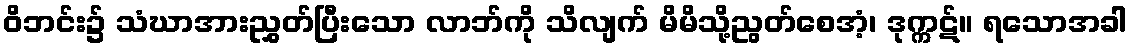
ဝိဘင်း၌ သံဃာအားညွှတ်ပြီးသော လာဘ်ကို သိလျက် မိမိသို့ညွတ်စေအံ့၊ ဒုက္ကဋ်။ ရသောအခါ